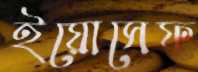
ইয়োসেফ